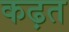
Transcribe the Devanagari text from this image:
कढ़त